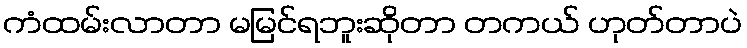
ကံထမ်းလာတာ မမြင်ရဘူးဆိုတာ တကယ် ဟုတ်တာပဲ